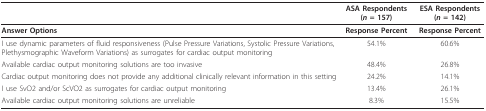
<table><thead><tr><td></td><td><b>ASA Respondents (<i>n </i>= 157)</b></td><td><b>ESA Respondents (<i>n </i>= 142)</b></td></tr></thead><tbody><tr><td><b>Answer Options</b></td><td><b>Response Percent</b></td><td><b>Response Percent</b></td></tr><tr><td>I use dynamic parameters of fluid responsiveness (Pulse Pressure Variations, Systolic Pressure Variations, Plethysmographic Waveform Variations) as surrogates for cardiac output monitoring</td><td>54.1%</td><td>60.6%</td></tr><tr><td>Available cardiac output monitoring solutions are too invasive</td><td>48.4%</td><td>26.8%</td></tr><tr><td>Cardiac output monitoring does not provide any additional clinically relevant information in this setting</td><td>24.2%</td><td>14.1%</td></tr><tr><td>I use SvO2 and/or ScVO2 as surrogates for cardiac output monitoring</td><td>13.4%</td><td>26.1%</td></tr><tr><td>Available cardiac output monitoring solutions are unreliable</td><td>8.3%</td><td>15.5%</td></tr></tbody></table>